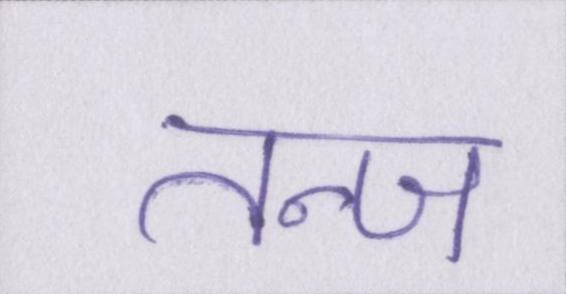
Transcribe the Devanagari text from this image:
तन्ज